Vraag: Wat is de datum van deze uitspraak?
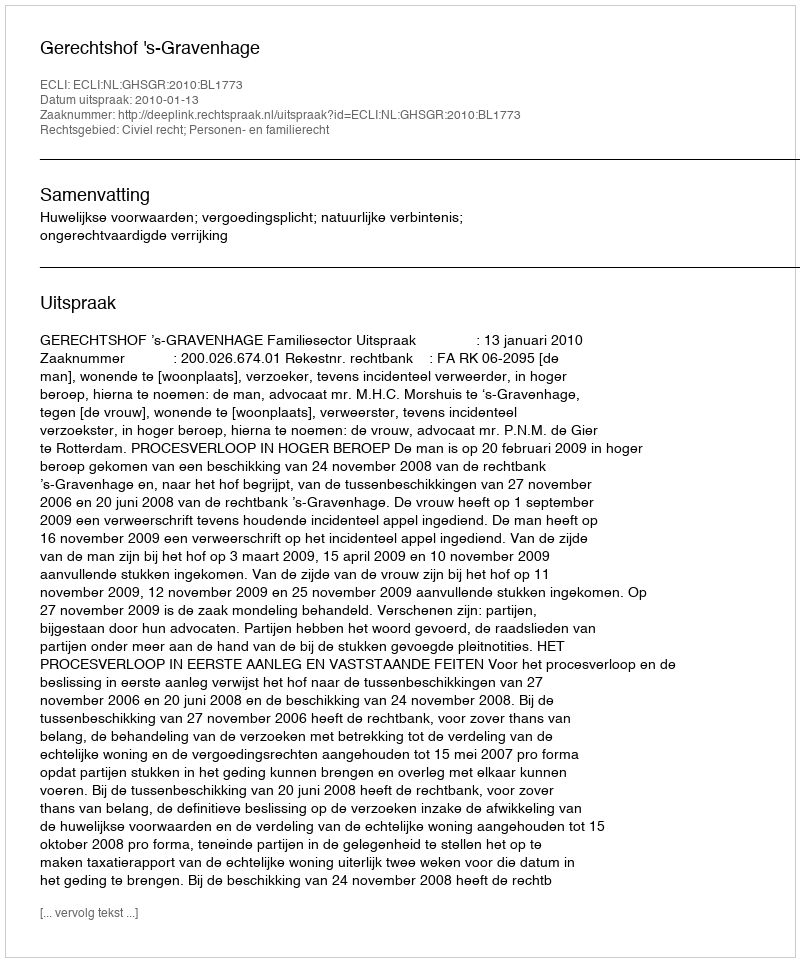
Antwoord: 2010-01-13